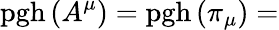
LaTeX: \mathrm{pgh}\left(A^{\mu}\right)=\mathrm{pgh}\left(\pi_{\mu}\right)=